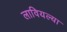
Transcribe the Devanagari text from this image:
लावियल्या